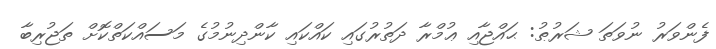
ފެންވަރު ނުވަތަ ޝަރުޠު: ޙައްޖާއި ޢުމްރާ ދަތުރުގައި ކައްކައި ކާންދިނުމުގެ މަސައްކަތްކޮށް ތަޖުރިބާ